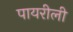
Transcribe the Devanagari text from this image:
पायरीली